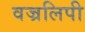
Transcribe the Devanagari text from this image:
वज्रलिपी